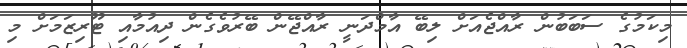
މިކަމުގެ ސަބަބުން ރާއްޖެއަށް ލިބޭ އާމްދަނީ ރާއްޖޭން ބޭރުވެގެން ދިއުމާއި ޓޫރިޒަމަށް މި